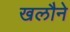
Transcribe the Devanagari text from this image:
खलौने